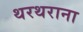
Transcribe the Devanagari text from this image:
थरथराना